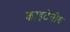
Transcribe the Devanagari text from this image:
काइटेनीय